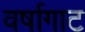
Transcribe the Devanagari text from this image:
वर्षागाट